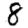
Digit: 8